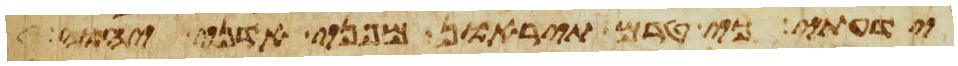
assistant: ידעתי כי טרם תיראון מפני אדני יהוה